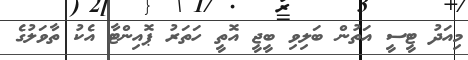
މިއަދު ޓީސީ އަތުން ބަލިވި ބީޖީ އޮތީ ހަތަރު ޕޮއިންޓާ އެކު ތާވަލުގެ